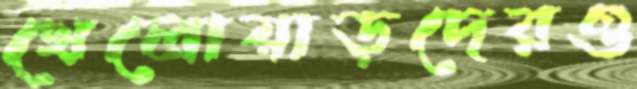
খেলোয়াড়দেরও